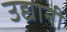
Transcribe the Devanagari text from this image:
उद्यानी